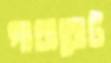
গাধাবোট